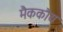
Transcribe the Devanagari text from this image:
मैककौय